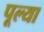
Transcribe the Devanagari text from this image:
पूल्या